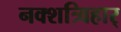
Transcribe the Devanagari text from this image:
नक्शत्र्विहार्